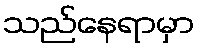
သည်နေရာမှာ